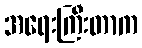
အရေးကြီးတာက